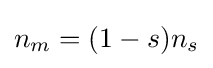
n_{m}=(1-s)n_{s}